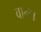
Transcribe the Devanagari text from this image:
वान्टा